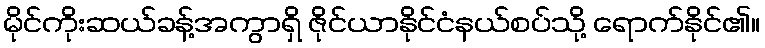
မိုင်ကိုးဆယ်ခန့်အကွာရှိ ဇိုင်ယာနိုင်ငံနယ်စပ်သို့ ရောက်နိုင်၏။